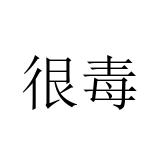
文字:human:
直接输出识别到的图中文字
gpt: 很毒